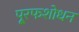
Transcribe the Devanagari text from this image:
पू्रफशोधन